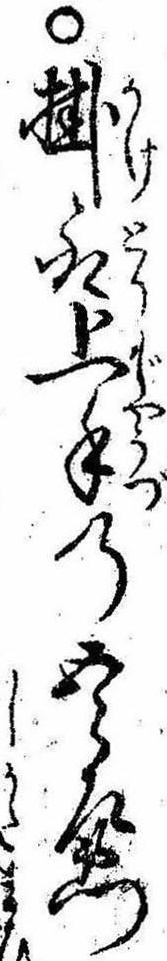
○掛取上手の五郎左衛門